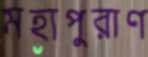
মহাপুরাণ